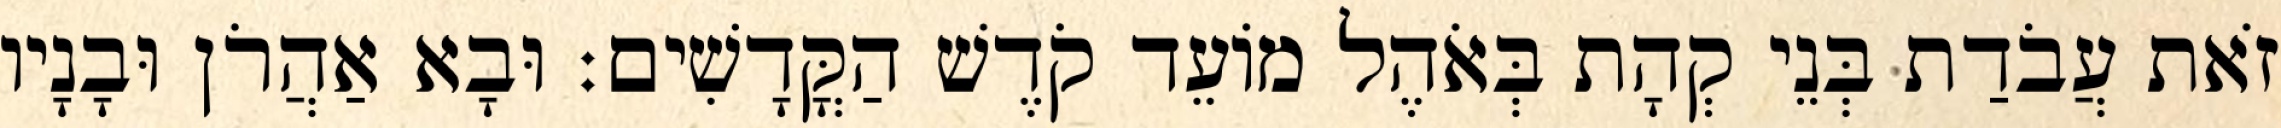
זֹאת עֲבֹדַת בְּנֵי קְהָת בְּאֹהֶל מוֹעֵד קֹדֶשׁ הַקֳּדָשִׁים׃ וּבָא אַהֲרֹן וּבָנָיו